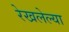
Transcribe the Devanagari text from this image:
रेखलेल्या